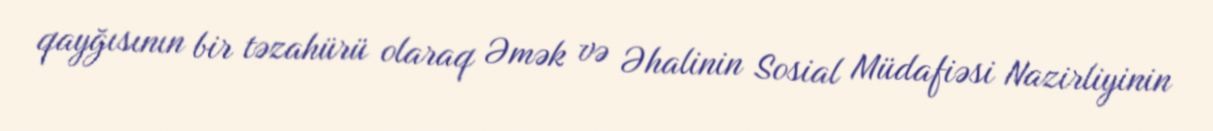
qayğısının bir təzahürü olaraq Əmək və Əhalinin Sosial Müdafiəsi Nazirliyinin